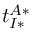
t _ { I * } ^ { A * }